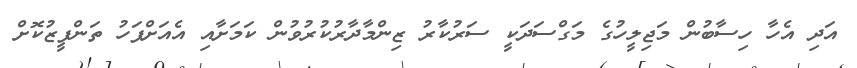
އަދި އެހާ ހިސާބުން މަޖިލީހުގެ މަގްސަދަކީ ސަރުކާރު ޒިންމާދާރުކުރުވުން ކަމަށާއި އެއަށްފަހު ތަންފީޒުކޮށް